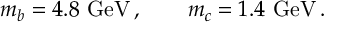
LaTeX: m _ { b } = 4 . 8 ~ \mathrm { G e V } \, , \qquad m _ { c } = 1 . 4 ~ \mathrm { G e V } \, .